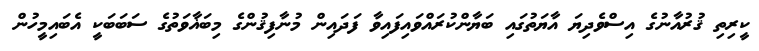
ކީރިތި ޤުރުއާނުގެ އިސްވެދިޔަ އާޔަތުގައި ބަޔާންކުރައްވައިފައިވާ ފަދައިން މުނާފިޤުންގެ މިބަޣާވަތުގެ ސަބަބަކީ އެބައިމީހުން